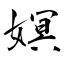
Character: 嫇